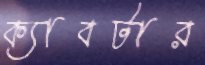
ক্যাবটার